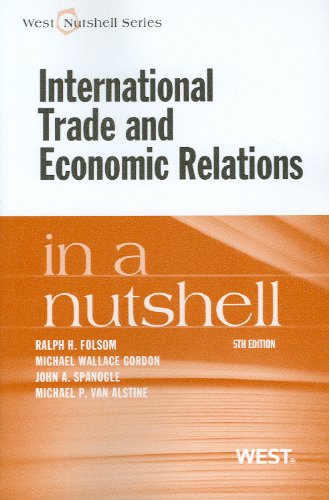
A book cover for International Trade and Economic Relations in a Nutshell; Ralph Folsom; Law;